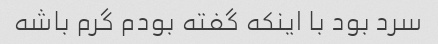
سرد بود با اینکه گفته بودم گرم باشه